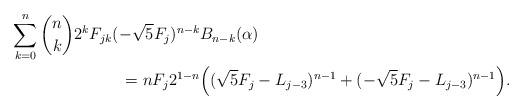
LaTeX: \begin{align*}\sum_{k=0}^n {n\choose k} 2^k F_{jk} (-\sqrt{5}F_j)^{n-k}& B_{n-k}(\alpha)\\ = n F_j 2^{1-n} &\Big ( (\sqrt{5} F_j - L_{j-3})^{n-1} + (-\sqrt{5}F_j - L_{j-3} )^{n-1}\Big ).\end{align*}